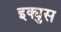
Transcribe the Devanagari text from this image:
इक्युस